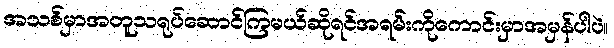
အသစ်မှာအတူသရုပ်ဆောင်ကြမယ်ဆိုရင်အရမ်းကိုကောင်းမှာအမှန်ပါပဲ။